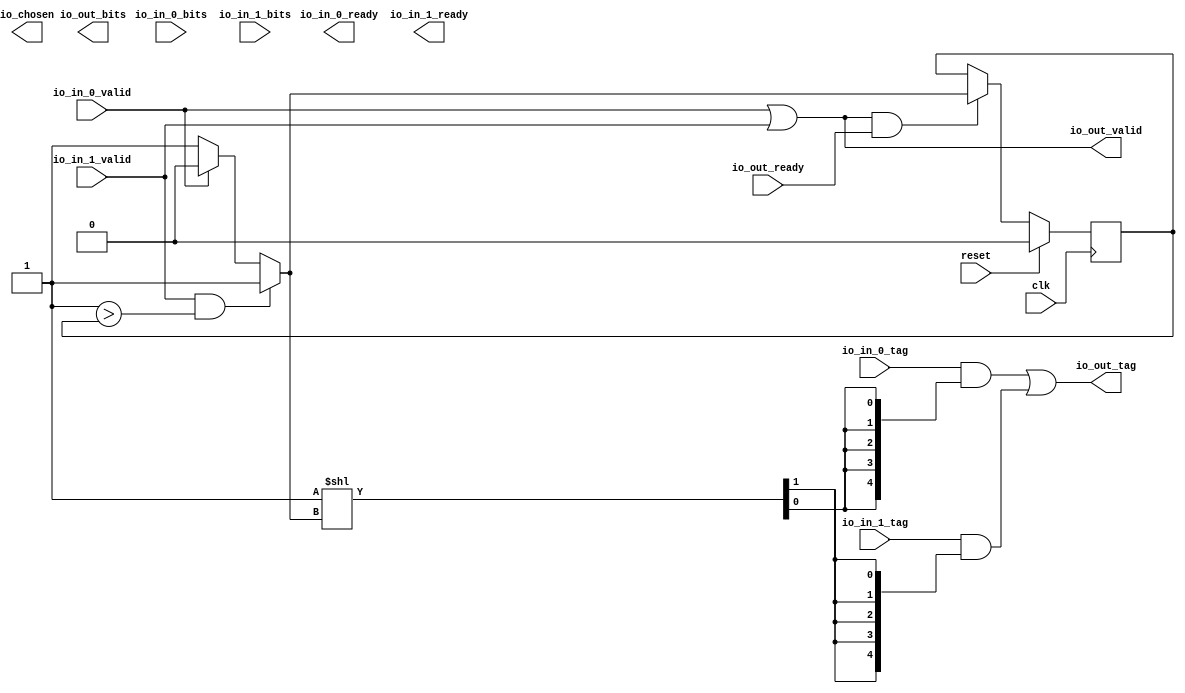
module gRRArbiter_1(input clk, input reset,
    input  io_out_ready,
    output io_out_valid,
    output[31:0] io_out_bits,
    output[4:0] io_out_tag,
    output io_in_0_ready,
    input  io_in_0_valid,
    input [31:0] io_in_0_bits,
    input [4:0] io_in_0_tag,
    output io_in_1_ready,
    input  io_in_1_valid,
    input [31:0] io_in_1_bits,
    input [4:0] io_in_1_tag,
    output io_chosen);
  wire T0;
  wire[4:0] T1;
  wire[6:0] T2;
  wire[6:0] T3;
  wire[6:0] T4;
  wire T5;
  wire[1:0] T6;
  wire[2:0] T7;
  wire choose;
  wire T8;
  wire T9;
  wire T10;
  reg[0:0] last_grant;
  wire T11;
  wire T12;
  wire[6:0] tvec_1;
  wire[6:0] T13;
  wire[6:0] T14;
  wire[6:0] T15;
  wire T16;
  wire[6:0] tvec_0;
  wire[6:0] T17;
  assign io_out_valid = T0;
  assign T0 = io_in_0_valid || io_in_1_valid;
  assign io_out_tag = T1;
  assign T1 = T2[3'h4:1'h0];
  assign T2 = T14 | T3;
  assign T3 = tvec_1 & T4;
  assign T4 = {3'h7{T5}};
  assign T5 = T6[1'h1];
  assign T6 = T7[1'h1:1'h0];
  assign T7 = 2'h1 << choose;
  assign choose = T9 ? 1'h1 : T8;
  assign T8 = io_in_0_valid ? 1'h0 : 1'h1;
  assign T9 = io_in_1_valid && T10;
  assign T10 = 1'h1 > last_grant;
  assign T11 = io_out_valid && io_out_ready;
  assign T12 = T11 ? choose : last_grant;
  assign tvec_1 = T13;
  assign T13 = {2'h0, io_in_1_tag};
  assign T14 = tvec_0 & T15;
  assign T15 = {3'h7{T16}};
  assign T16 = T6[1'h0];
  assign tvec_0 = T17;
  assign T17 = {2'h0, io_in_0_tag};
  always @(posedge clk) begin
    if(reset) begin
      last_grant <= 1'h0;
    end else if(T11) begin
      last_grant <= T12;
    end
  end
endmodule